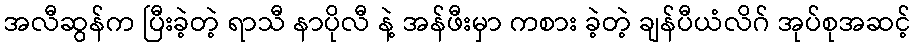
အလီဆွန်က ပြီးခဲ့တဲ့ ရာသီ နာပိုလီ နဲ့ အန်ဖီးမှာ ကစား ခဲ့တဲ့ ချန်ပီယံလိဂ် အုပ်စုအဆင့်